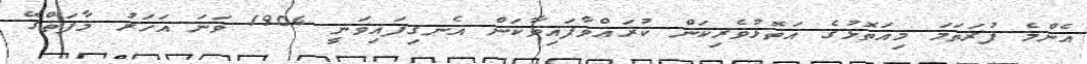
އެންމެ ފުރަތަމަ މިއަތޮޅުގެ އަތޮޅުވެރިކަން ކުރައްވާފައިވާކަން އެނގިފައިވަނީ 1904 ވަނަ އަހަރު މާފަތްގޭ